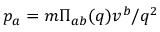
p _ { a } = m \Pi _ { a b } ( q ) v ^ { b } / q ^ { 2 }